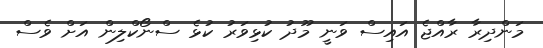
މަންދިރާ ރާއްޖެ އައިސް ވަނީ މޫދު ކުޅިވަރު ކުޅެ ސްނޯކްލިން އަށް ވެސް